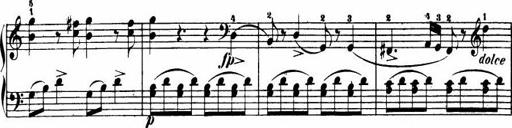
Title: Le bouquetier
Composer: Anton Diabelli
Key: G major
 C major
 F major
 C major